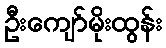
ဦးကျော်မိုးထွန်း